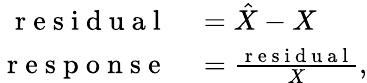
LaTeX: \begin{array}{rl}{\mathrm{~r~e~s~i~d~u~a~l~}}&{{}=\hat{X}-X}\\ {\mathrm{~r~e~s~p~o~n~s~e~}}&{{}=\frac{\mathrm{~r~e~s~i~d~u~a~l~}}{X},}\end{array}